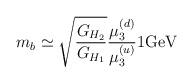
LaTeX: \begin{align*}m_b\simeq {\sqrt{G_{H_2}\over G_{H_1}}}{\mu^{(d)}_{3}\over\mu^{(u)}_{3}}{1} {\rm GeV}\end{align*}